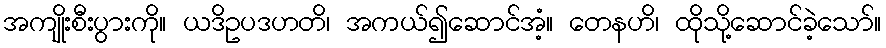
အကျိုးစီးပွားကို။ ယဒိဥပဒဟတိ၊ အကယ်၍ဆောင်အံ့။ တေနဟိ၊ ထိုသို့ဆောင်ခဲ့သော်။